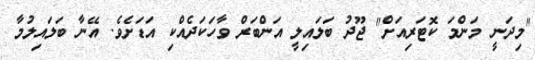
"މިދަނީ މަންމަ ކޮޓަރިއަށް" ޖޫދު ބަލައިލީ އަންބަރް ވާހަކަދެއްކި އަޑަށެވެ. އޭނާ ބަލައިލުމާ